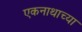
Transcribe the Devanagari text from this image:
एकनाथाच्या